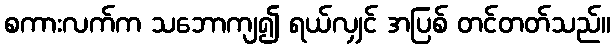
စကားလက်က သဘောကျ၍ ရယ်လျှင် အပြစ် တင်တတ်သည်။